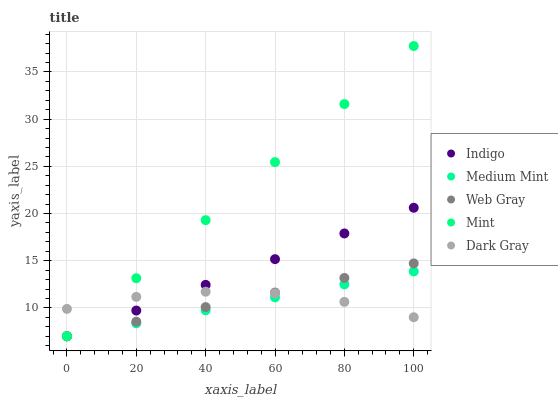
| xaxis_label | Indigo | Medium Mint | Web Gray | Mint | Dark Gray |
 | --- | --- | --- | --- | --- | --- |
 | 0 | 7 | 7 | 7 | 7 | 9.9 |
 | 20 | 9.72 | 8.37 | 8.54 | 13.2 | 11.2 |
 | 40 | 12.4 | 9.75 | 10.1 | 19.3 | 11.7 |
 | 60 | 15.2 | 11.1 | 11.6 | 25.5 | 11.5 |
 | 80 | 17.9 | 12.5 | 13.2 | 31.6 | 10.6 |
 | 100 | 20.6 | 13.9 | 14.7 | 37.8 | 9.02 |